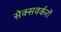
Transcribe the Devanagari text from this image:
सेक्सवर्करों